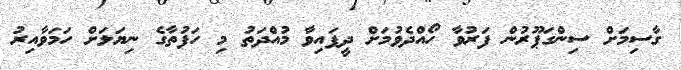
ގާސިމަށް ސިންގަޕޫރުން ފަރުވާ ހޯއްދެވުމަށް ދީފައިވާ މުއްދަތު މި ހަފުތާގެ ނިޔަލަށް ހަމަވާއިރު